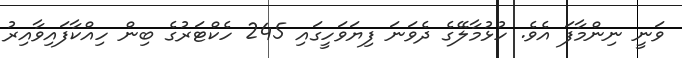
ވަނީ ނިންމާފަ އެވެ. ހުޅުމާލޭގެ ދެވަނަ ފިޔަވަހީގައި 245 ހެކްޓަރުގެ ބިން ހިއްކާފައިވާއިރު